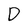
Character: D